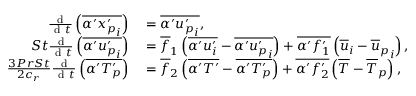
\begin{array} { r l } { \frac { \mathrm { ~ d ~ } } { \mathrm { ~ d ~ } t } \left( \overline { { \alpha ^ { \prime } { x _ { p } ^ { \prime } } _ { i } } } \right) } & { { } = \overline { { \alpha ^ { \prime } { u _ { p } ^ { \prime } } _ { i } } } , } \\ { S t \frac { \mathrm { ~ d ~ } } { \mathrm { ~ d ~ } t } \left( \overline { { \alpha ^ { \prime } { u _ { p } ^ { \prime } } _ { i } } } \right) } & { { } = \overline { { f } } _ { 1 } \left( \overline { { \alpha ^ { \prime } u _ { i } ^ { \prime } } } - \overline { { \alpha ^ { \prime } { u _ { p } ^ { \prime } } _ { i } } } \right) + \overline { { \alpha ^ { \prime } f _ { 1 } ^ { \prime } } } \left( \overline { { u } } _ { i } - { \overline { { u } } _ { p } } _ { i } \right) , } \\ { \frac { 3 P r S t } { 2 c _ { r } } \frac { \mathrm { ~ d ~ } } { \mathrm { ~ d ~ } t } \left( \overline { { \alpha ^ { \prime } { T _ { p } ^ { \prime } } } } \right) } & { { } = \overline { { f } } _ { 2 } \left( \overline { { \alpha ^ { \prime } T ^ { \prime } } } - \overline { { \alpha ^ { \prime } { T _ { p } ^ { \prime } } } } \right) + \overline { { \alpha ^ { \prime } f _ { 2 } ^ { \prime } } } \left( \overline { { T } } - { \overline { { T } } _ { p } } \right) , } \end{array}